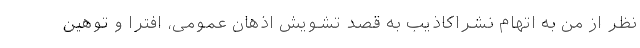
نظر از من به اتهام نشراکاذیب به قصد تشویش اذهان عمومی، افترا و توهین